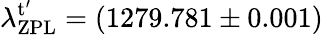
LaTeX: \lambda_{\mathrm{ZPL}}^{\mathrm{t}^{\prime}}=(1279.781\pm 0.001)